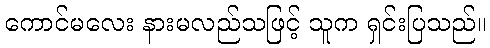
ကောင်မလေး နားမလည်သဖြင့် သူက ရှင်းပြသည်။